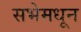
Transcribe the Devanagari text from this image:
सभेमधून